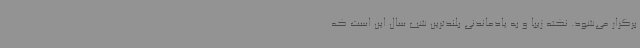
برگزار می‌شود. نکته زیبا و به یادماندنی بلندترین شب سال این است که